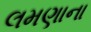
લમણાના